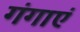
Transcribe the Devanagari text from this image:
गंगाएं